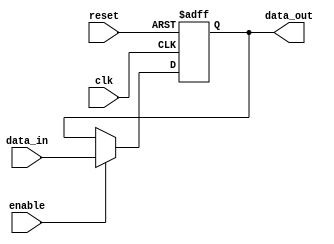
module enable_latch (
    input clk,
    input reset,
    input enable,
    input data_in,
    output reg data_out
);

always @(posedge clk or posedge reset) begin
    if (reset) begin
        data_out <= 1'b0;
    end else begin
        if (enable) begin
            data_out <= data_in;
        end
    end
end

endmodule